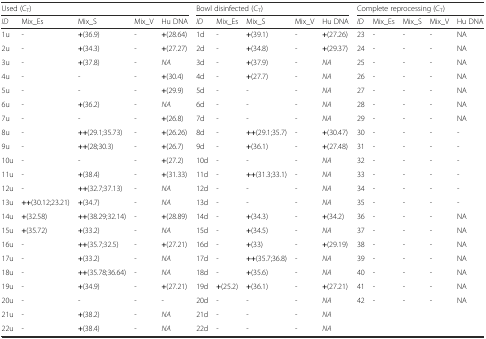
<table><thead><tr><td colspan="5"><b>Used (C<sub>T</sub>)</b></td><td colspan="5"><b>Bowl disinfected (C<sub>T</sub>)</b></td><td colspan="5"><b>Complete reprocessing (C<sub>T</sub>)</b></td></tr><tr><td><b><i>ID</i></b></td><td><b>Mix_Es</b></td><td><b>Mix_S</b></td><td><b>Mix_V</b></td><td><b>Hu DNA</b></td><td><b><i>ID</i></b></td><td><b>Mix_Es</b></td><td><b>Mix_S</b></td><td><b>Mix_V</b></td><td><b>Hu DNA</b></td><td><b><i>ID</i></b></td><td><b>Mix_Es</b></td><td><b>Mix_S</b></td><td><b>Mix_V</b></td><td><b>Hu DNA</b></td></tr></thead><tbody><tr><td>1u</td><td>-</td><td><b>+</b>(36.9)</td><td>-</td><td><b>+</b>(28.64)</td><td>1d</td><td>-</td><td><b>+</b>(39.1)</td><td>-</td><td><b>+</b>(27.26)</td><td>23</td><td>-</td><td>-</td><td>-</td><td>NA</td></tr><tr><td>2u</td><td>-</td><td><b>+</b>(34.3)</td><td>-</td><td><b>+</b>(27.27)</td><td>2d</td><td>-</td><td><b>+</b>(34.8)</td><td>-</td><td><b>+</b>(29.37)</td><td>24</td><td>-</td><td>-</td><td>-</td><td>NA</td></tr><tr><td>3u</td><td>-</td><td><b>+</b>(37.8)</td><td>-</td><td><i>NA</i></td><td>3d</td><td>-</td><td><b>+</b>(37.9)</td><td>-</td><td><i>NA</i></td><td>25</td><td>-</td><td>-</td><td>-</td><td>NA</td></tr><tr><td>4u</td><td>-</td><td>-</td><td>-</td><td><b>+</b>(30.4)</td><td>4d</td><td>-</td><td><b>+</b>(27.7)</td><td>-</td><td><i>NA</i></td><td>26</td><td>-</td><td>-</td><td>-</td><td>NA</td></tr><tr><td>5u</td><td>-</td><td>-</td><td>-</td><td><b>+</b>(29.9)</td><td>5d</td><td>-</td><td>-</td><td>-</td><td><i>NA</i></td><td>27</td><td>-</td><td>-</td><td>-</td><td>NA</td></tr><tr><td>6u</td><td>-</td><td><b>+</b>(36.2)</td><td>-</td><td><i>NA</i></td><td>6d</td><td>-</td><td>-</td><td>-</td><td><i>NA</i></td><td>28</td><td>-</td><td>-</td><td>-</td><td>NA</td></tr><tr><td>7u</td><td>-</td><td>-</td><td>-</td><td><b>+</b>(26.8)</td><td>7d</td><td>-</td><td>-</td><td>-</td><td><i>NA</i></td><td>29</td><td>-</td><td>-</td><td>-</td><td>NA</td></tr><tr><td>8u</td><td>-</td><td><b>++</b>(29.1;35.73)</td><td>-</td><td><b>+</b>(26.26)</td><td>8d</td><td>-</td><td><b>++</b>(29.1;35.7)</td><td>-</td><td><b>+</b>(30.47)</td><td>30</td><td>-</td><td>-</td><td>-</td><td>-</td></tr><tr><td>9u</td><td>-</td><td><b>++</b>(28;30.3)</td><td>-</td><td><b>+</b>(26.7)</td><td>9d</td><td>-</td><td><b>+</b>(36.1)</td><td>-</td><td><b>+</b>(27.48)</td><td>31</td><td>-</td><td>-</td><td>-</td><td>-</td></tr><tr><td>10u</td><td>-</td><td>-</td><td>-</td><td><b>+</b>(27.2)</td><td>10d</td><td>-</td><td>-</td><td>-</td><td><i>NA</i></td><td>32</td><td>-</td><td>-</td><td>-</td><td>-</td></tr><tr><td>11u</td><td>-</td><td><b>+</b>(38.4)</td><td>-</td><td><b>+</b>(31.33)</td><td>11d</td><td>-</td><td><b>++</b>(31.3;33.1)</td><td>-</td><td><i>NA</i></td><td>33</td><td>-</td><td>-</td><td>-</td><td>-</td></tr><tr><td>12u</td><td>-</td><td><b>++</b>(32.7;37.13)</td><td>-</td><td><i>NA</i></td><td>12d</td><td>-</td><td>-</td><td>-</td><td><i>NA</i></td><td>34</td><td>-</td><td>-</td><td>-</td><td>-</td></tr><tr><td>13u</td><td><b>++</b>(30.12;23.21)</td><td><b>+</b>(34.7)</td><td>-</td><td><i>NA</i></td><td>13d</td><td>-</td><td>-</td><td>-</td><td><i>NA</i></td><td>35</td><td>-</td><td>-</td><td>-</td><td>-</td></tr><tr><td>14u</td><td><b>+</b>(32.58)</td><td><b>++</b>(38.29;32.14)</td><td>-</td><td><b>+</b>(28.89)</td><td>14d</td><td>-</td><td><b>+</b>(34.3)</td><td>-</td><td><b>+</b>(34.2)</td><td>36</td><td>-</td><td>-</td><td>-</td><td>NA</td></tr><tr><td>15u</td><td><b>+</b>(35.72)</td><td><b>+</b>(33.2)</td><td>-</td><td><i>NA</i></td><td>15d</td><td>-</td><td><b>+</b>(34.5)</td><td>-</td><td><i>NA</i></td><td>37</td><td>-</td><td>-</td><td>-</td><td>NA</td></tr><tr><td>16u</td><td>-</td><td><b>++</b>(35.7;32.5)</td><td>-</td><td><b>+</b>(27.21)</td><td>16d</td><td>-</td><td><b>+</b>(33)</td><td>-</td><td><b>+</b>(29.19)</td><td>38</td><td>-</td><td>-</td><td>-</td><td>NA</td></tr><tr><td>17u</td><td>-</td><td><b>+</b>(33.2)</td><td>-</td><td><i>NA</i></td><td>17d</td><td>-</td><td><b>++</b>(35.7;36.8)</td><td>-</td><td><i>NA</i></td><td>39</td><td>-</td><td>-</td><td>-</td><td>NA</td></tr><tr><td>18u</td><td>-</td><td><b>++</b>(35.78;36.64)</td><td>-</td><td><i>NA</i></td><td>18d</td><td>-</td><td><b>+</b>(35.6)</td><td>-</td><td><i>NA</i></td><td>40</td><td>-</td><td>-</td><td>-</td><td>NA</td></tr><tr><td>19u</td><td>-</td><td><b>+</b>(34.9)</td><td>-</td><td><b>+</b>(27.21)</td><td>19d</td><td><b>+</b>(25.2)</td><td><b>+</b>(36.1)</td><td>-</td><td><b>+</b>(27.21)</td><td>41</td><td>-</td><td>-</td><td>-</td><td>NA</td></tr><tr><td>20u</td><td>-</td><td>-</td><td>-</td><td>-</td><td>20d</td><td>-</td><td>-</td><td>-</td><td><i>NA</i></td><td>42</td><td>-</td><td>-</td><td>-</td><td>NA</td></tr><tr><td>21u</td><td>-</td><td><b>+</b>(38.2)</td><td>-</td><td><i>NA</i></td><td>21d</td><td>-</td><td>-</td><td>-</td><td><i>NA</i></td><td></td><td></td><td></td><td></td><td></td></tr><tr><td>22u</td><td>-</td><td><b>+</b>(38.4)</td><td>-</td><td><i>NA</i></td><td>22d</td><td>-</td><td>-</td><td>-</td><td><i>NA</i></td><td></td><td></td><td></td><td></td><td></td></tr></tbody></table>